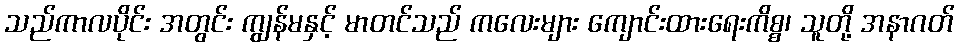
သည်ကာလပိုင်း အတွင်း ကျွန်မနှင့် မာတင်သည် ကလေးများ ကျောင်းထားရေးကိစ္စ၊ သူတို့ အနာဂတ်